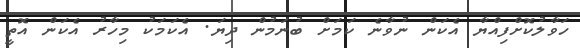
ހަވާލުކޮށްފިއްޔާ އެކަން ނުވާނެ ކަމަށް ބުނަމުން ދިޔަ. އެކަމަކު މިހާރު އެކަން އޮތީ